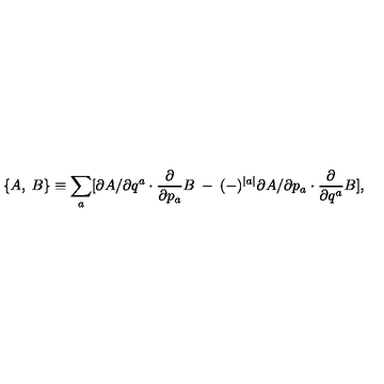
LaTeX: \{ A , \: B \} \equiv \sum _ { a } [ \partial A / \partial q ^ { a } \cdot \frac { \partial } { \partial p _ { a } } B \: - \: ( - ) ^ { \mid a \mid } \partial A / \partial p _ { a } \cdot \frac { \partial } { \partial q ^ { a } } B ] ,